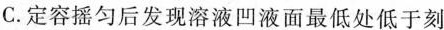
C.定容摇匀后发现溶液凹液面最低处低于刻